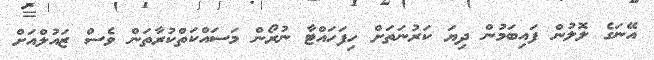
އޭނަގެ ލޮލުން ފައިބަމުން ދިޔަ ކަރުނަތަށް ހިފަހައްޓާ ނުރޯން މަސައްކަތްކުރާތަން ވެސް ޒައުލްއަށް